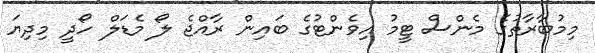
މިމުބާރާތުގެ މެންސް ޓީމު އިވެންޓުގެ ބައިން ރާއްޖެ ލޯ މެޑަލް ހޯދީ މިދިޔަ